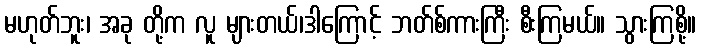
မဟုတ်ဘူး၊ အခု တို့က လူ များတယ်၊ဒါကြောင့် ဘတ်စ်ကားကြီး စီးကြမယ်။ သွားကြစို့။